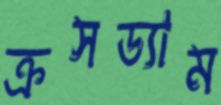
ক্রসড্যাম